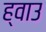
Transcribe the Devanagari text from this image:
ह्वाउ